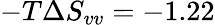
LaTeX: -T\Delta S_{vv}=-1.22